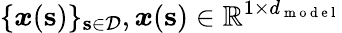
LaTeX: \{ \boldsymbol{x}(\mathbf{s})\} _{\mathbf{s}\in\mathcal{D}},\boldsymbol{x}(\mathbf{s})\in\mathbb{R}^{1\times d_{\mathrm{~m~o~d~e~l~}}}